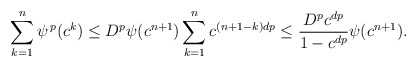
\begin{align*}\sum_{k=1}^n\psi^{\, p}(c^k) \le D^p \psi(c^{n+1}) \sum_{k=1}^n c^{(n+1-k)dp}\le\frac{D^p c^{dp}}{1-c^{dp}} \psi(c^{n+1}).\end{align*}